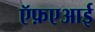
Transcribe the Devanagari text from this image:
ऍफ़एआई